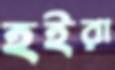
হইরা